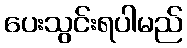
ပေးသွင်းရပါမည်